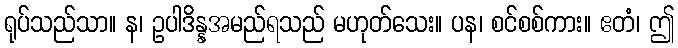
ရုပ်သည်သာ။ န၊ ဥပါဒိန္နအမည်ရသည် မဟုတ်သေး။ ပန၊ စင်စစ်ကား။ ဧတံ၊ ဤ